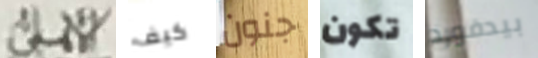
الأهلى كيف جنون تكون بيدفورد